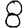
Digit: 8